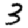
Digit: 3